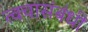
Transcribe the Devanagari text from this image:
त्वचासंबंधी